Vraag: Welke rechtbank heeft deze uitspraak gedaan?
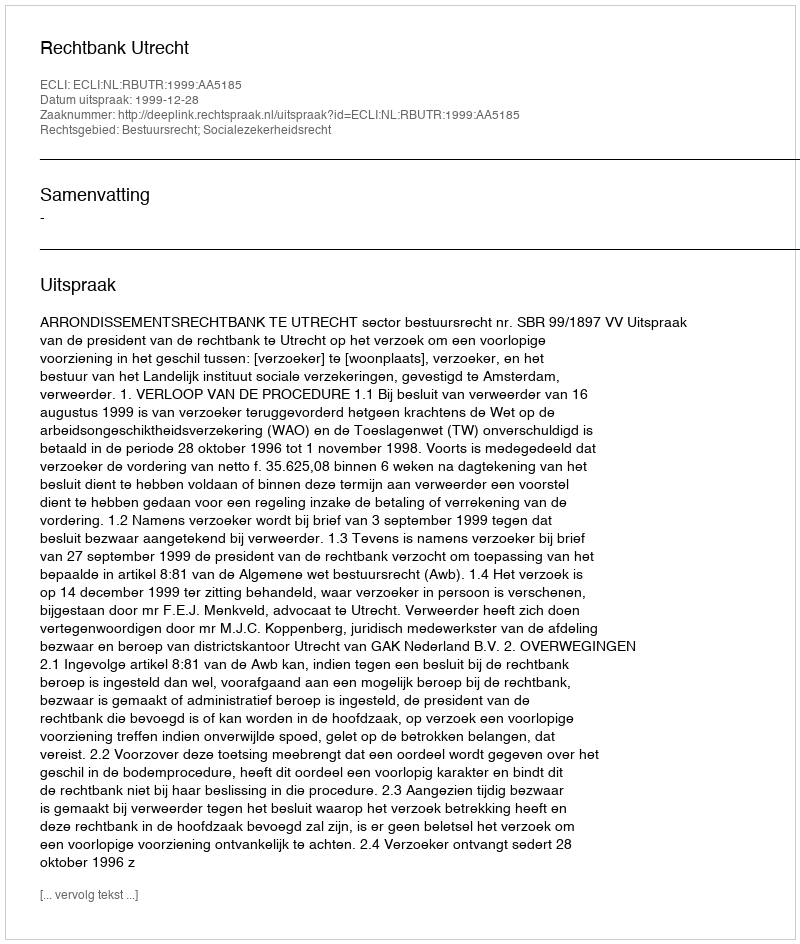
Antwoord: Rechtbank Utrecht